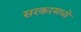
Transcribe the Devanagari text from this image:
सरकरमध्ये